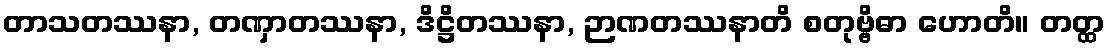
တာသတဿနာ, တဏှာတဿနာ, ဒိဋ္ဌိတဿနာ, ဉာဏတဿနာတိ စတုဗ္ဗိဓာ ဟောတိ။ တတ္ထ